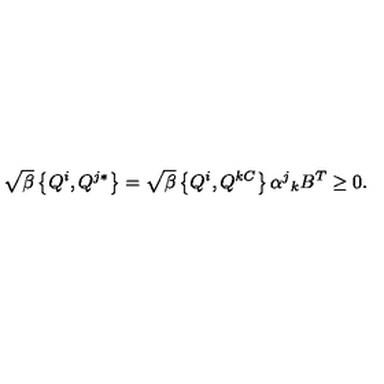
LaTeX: \sqrt { \beta } \left\{ Q ^ { i } , Q ^ { j * } \right\} = \sqrt { \beta } \left\{ Q ^ { i } , Q ^ { k C } \right\} \alpha ^ { j } { } _ { k } B ^ { T } \geq 0 .